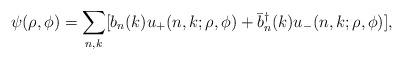
LaTeX: \begin{align*}\psi(\rho,\phi) = \sum_{n,k}[b_n(k)u_+(n,k;\rho,\phi) +\bar{b}_n^\dagger(k)u_-(n,k;\rho,\phi)],\end{align*}